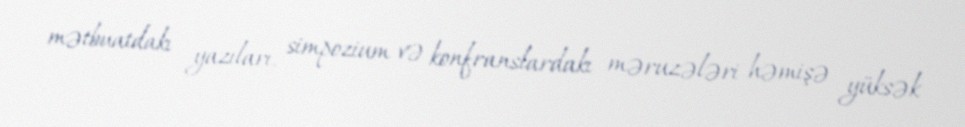
mətbuatdakı yazıları, simpozium və konfranslardakı məruzələri həmişə yüksək